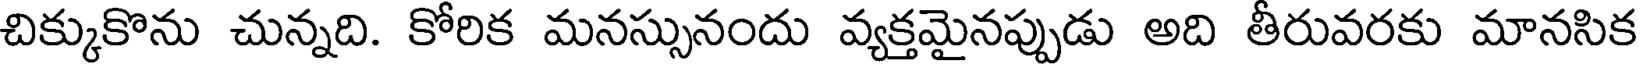
చిక్కుకొను చున్నది. కోరిక మనస్సునందు వ్యక్తమైనప్పుడు అది తీరువరకు మానసిక